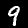
Label: 9